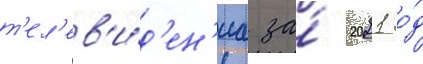
т'ел'ев'и́д'ен'иа за́ 2021 го́д